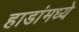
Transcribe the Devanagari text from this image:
हाडांमध्ये